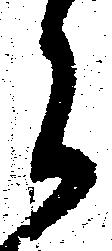
郎